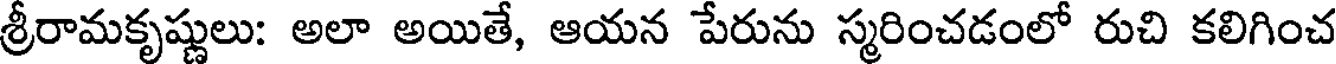
శ్రీరామకృష్ణులు: అలా అయితే, ఆయన పేరును స్మరించడంలో రుచి కలిగించ